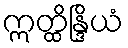
ဣတ္ထိန္ဒြိယံ